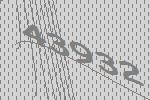
43932